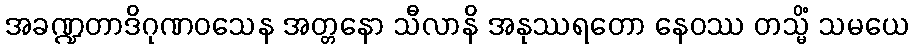
အခဏ္ဍတာဒိဂုဏဝသေန အတ္တနော သီလာနိ အနုဿရတော နေဝဿ တသ္မိံ သမယေ